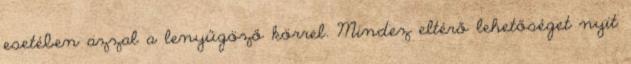
esetében azzal a lenyűgöző körrel. Mindez eltérő lehetőséget nyit